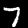
Digit: 7